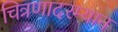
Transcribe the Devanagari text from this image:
चित्रणादरम्यान